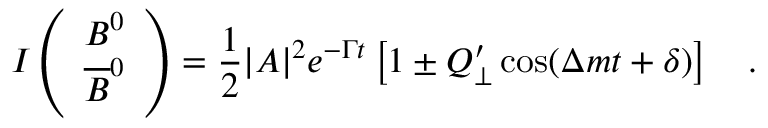
I \left( \begin{array} { c } { { B ^ { 0 } } } \\ { { \overline { { { B } } } ^ { 0 } } } \end{array} \right) = \frac { 1 } { 2 } | A | ^ { 2 } e ^ { - \Gamma t } \left[ 1 \pm Q _ { \perp } ^ { \prime } \cos ( \Delta m t + \delta ) \right] ~ ~ ~ .